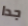
جدا